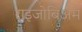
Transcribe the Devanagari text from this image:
राइजोबिअम